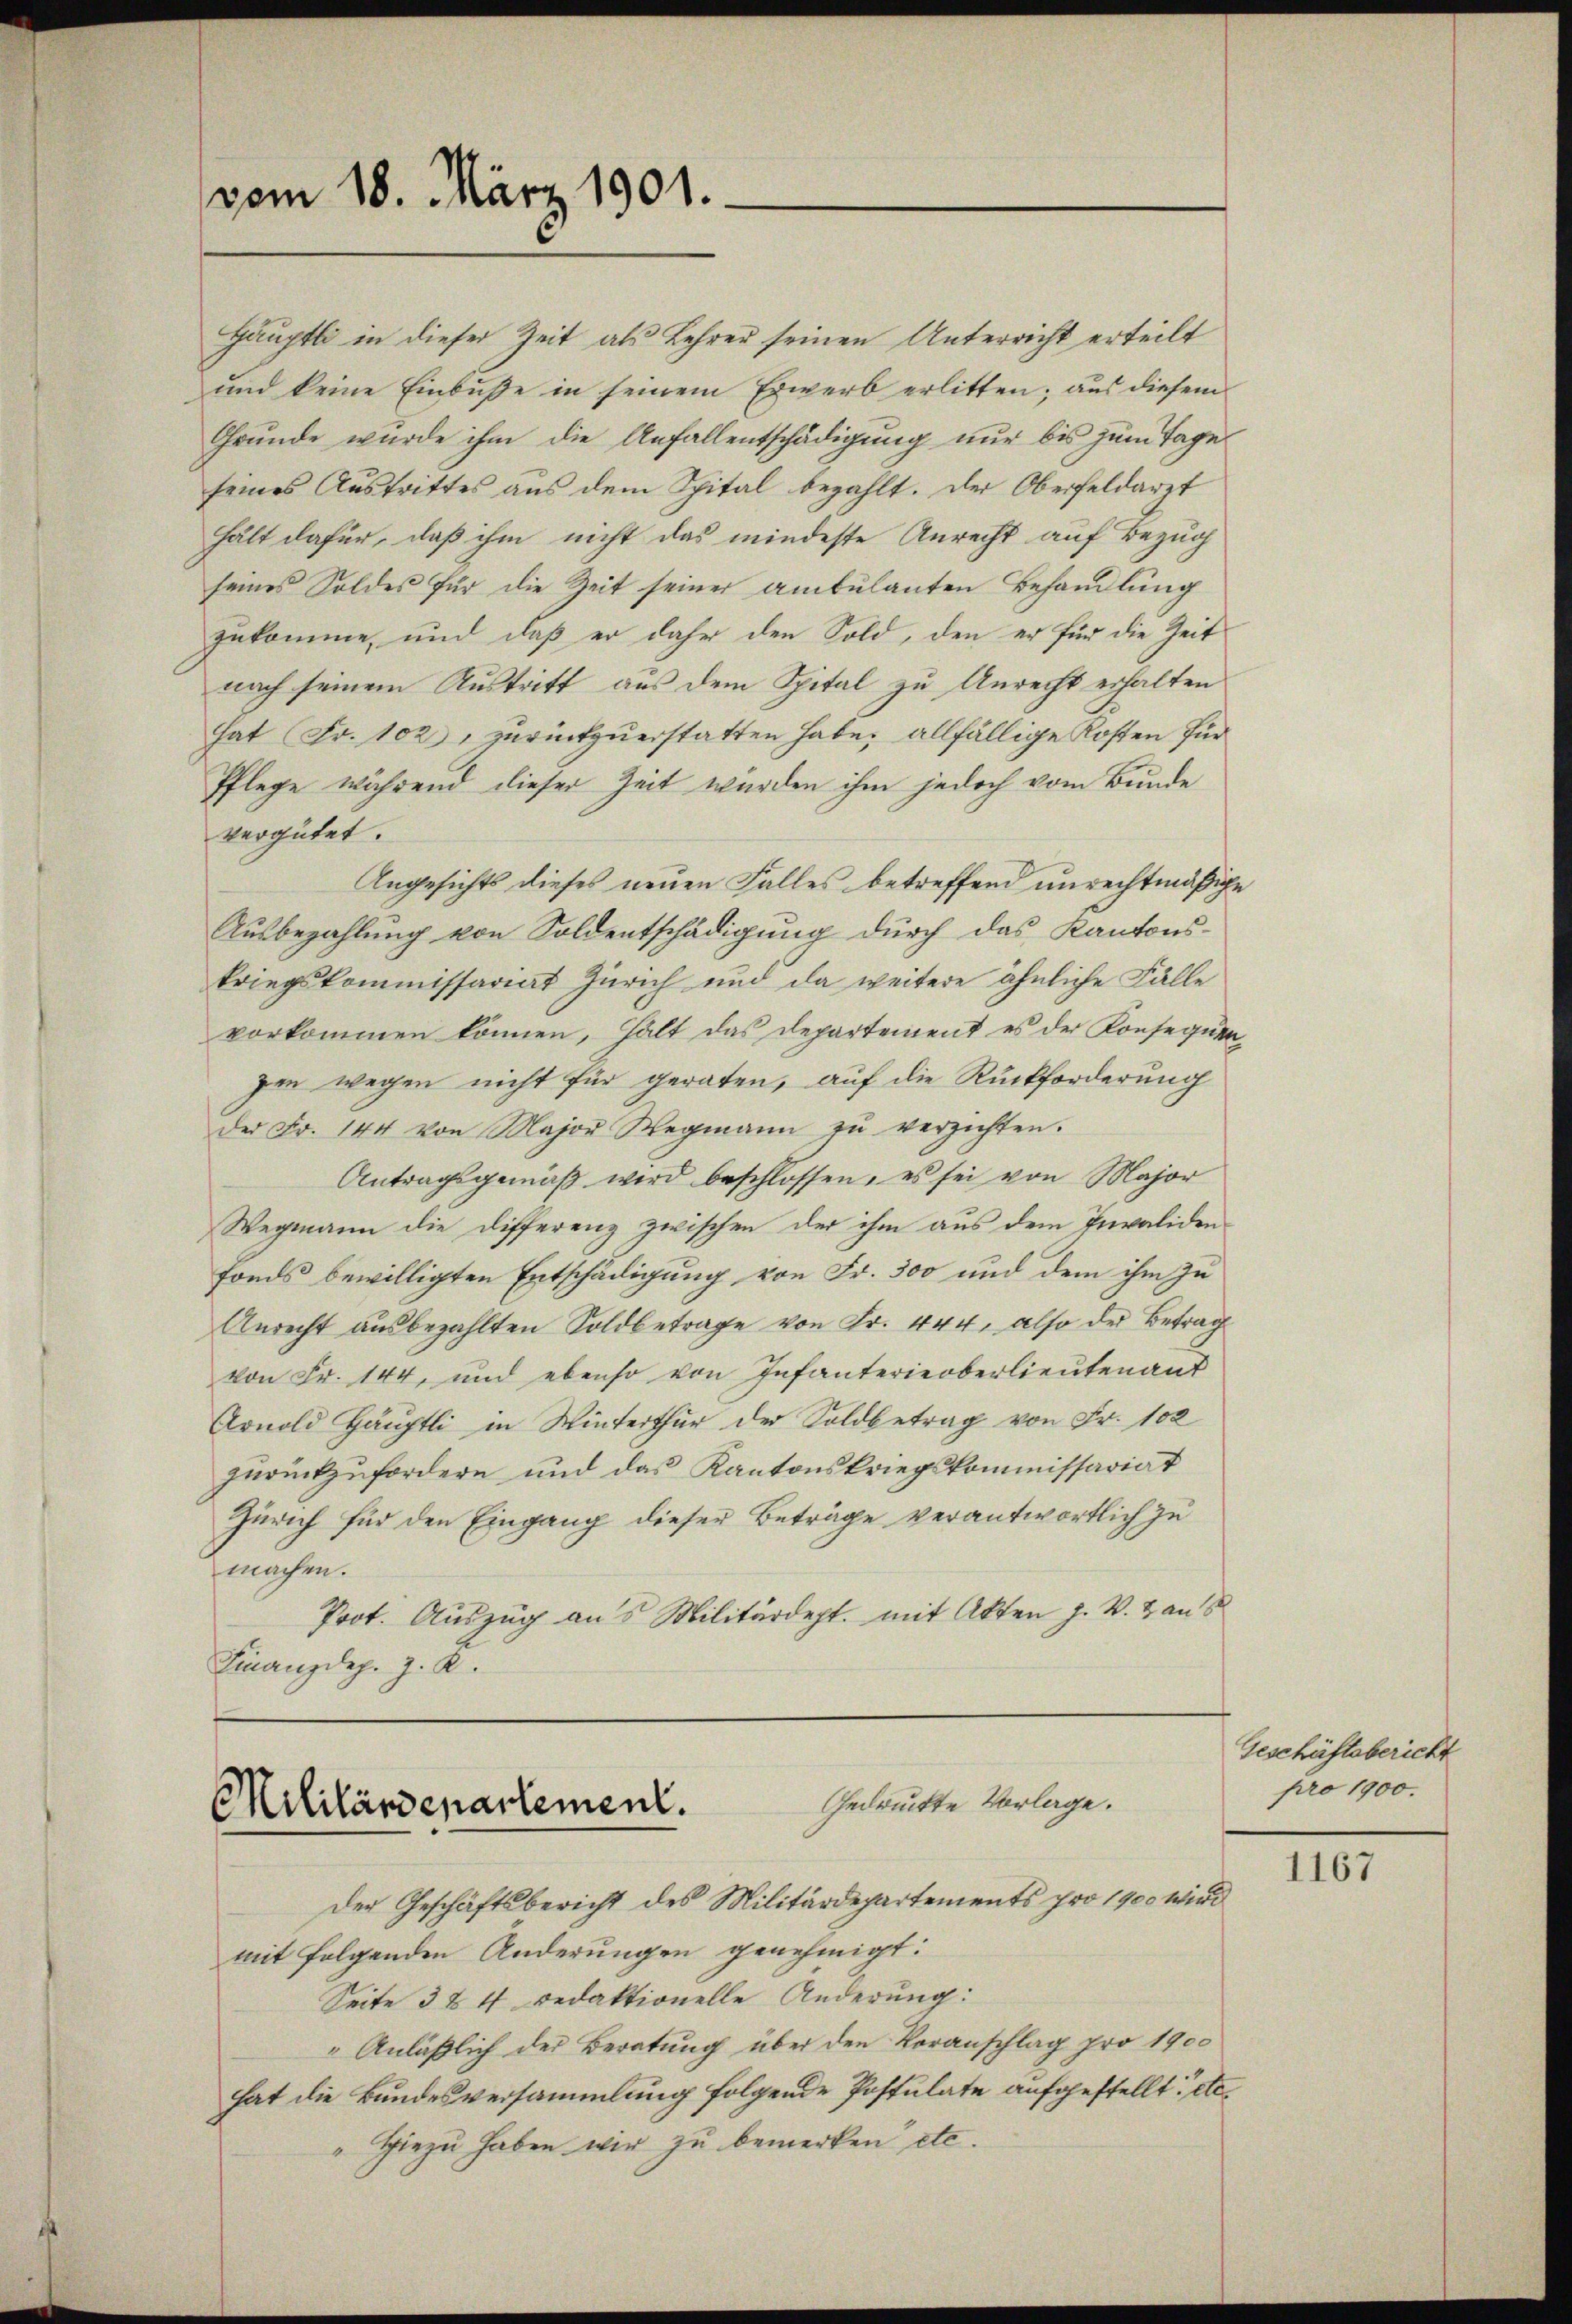
vom 18. März 1901.

Hauptli in dieser Zeit als Lehrer seinen Unterricht erteilt
und keine Einbuße in seinem Erwerb erlitten; aus diesem
Grunde wurde ihm die Anfallentschädigung nur bis zum Tage
seines Austrittes aus dem Spital bezahlt. Der Oberfeldarzt
hält dafür, daß ihm nicht das mindeste Anrecht auf Bezug
seines Soldes für die Zeit seiner ambulanten Behandlung
zukomme, und daß er daher den Sold, den er für die Zeit
nach seinem Austritt aus dem Spital zu Unrecht erhalten
hat Fr. 102, zurückzuerstatten habe; allfällige Kosten für
Pflege während dieser Zeit wurden ihm jedoch vom Bunde
vergütet.
Angesichts dieses neuen Falles betreffend unrechtmäßige
Ausbezahlung von Soldentschädigung durch das Kantons-
kriegskommissariat Zürich und da weitere ähnliche Fälle
vorkommen können, hält das Departement es der Konsequenzen wegen nicht für geraten, auf die Rückforderung
der Fr. 144 von Major Wegmann zŭ verzichten.
Antragsgemäβ wird beschlossen, es sei von Major
Wegmann die Differenz zwischen der ihm aus dem Invalidenfonds bewilligten Entschädigung von Fr. 300 und dem ihm zu
Anrecht ausbezahlten Soldbetrage von Fr. 444, also der Betrag
von Fr. 144, und ebenso von Infanterieberlieutenauf
Arnold Häuptli in Winterthur der Soldbetrag von Fr. 102
zurückzufordern und das Kantonskriegskommissariat
Zürich für den Eingang dieser Beträge verantwortlich zu
machen.
Prot. Auszug aus Militärdept. mit Akten J. W. B. aus
Finanzdep. J. K.

Gedruckte Vorlage.
Militärdepartement.
Der Geschäftsbericht des Militärdepartements pro 1900 wird

mit folgenden Änderungen genehmigt:
Seite 3 & 47 Redaktionelle Änderung:
"Anläßlich der Beratung über den Voranschlag pro 1900
hat die Bundesversammlung folgende Postulate aufgestellt, etc.
" Hiezu haben wir zu bemerken etc.

Geschäftsbericht
pro 1900.

1167